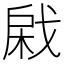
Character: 𢧊